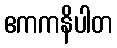
ဧကကနိပါတ